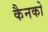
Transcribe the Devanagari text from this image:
कैनको